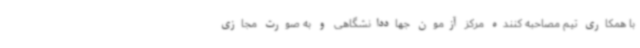
با همکاری تیم مصاحبه کننده مرکز آزمون جهاددانشگاهی و به صورت مجازی